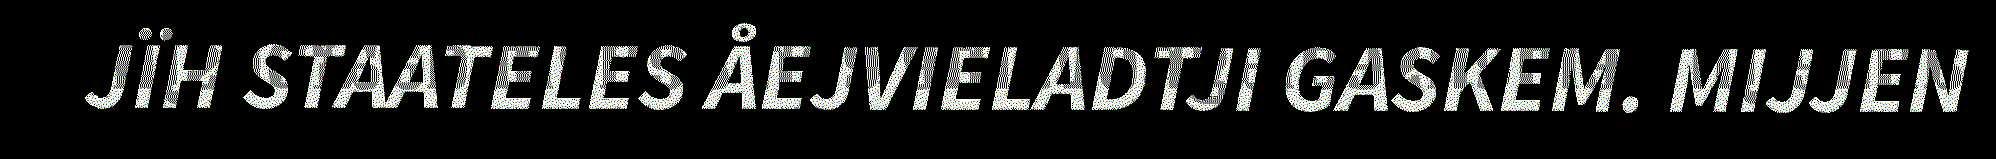
JÏH STAATELES ÅEJVIELADTJI GASKEM. MIJJEN